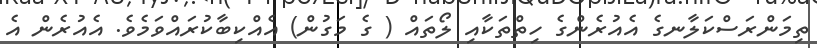
ތިމަންރަސްކަލާނގެ އެއުރެންގެ ހިތްތަކާއި ލޯތައް ( ގެ މަގުން) އެއްކިބާކުރައްވަމެވެ. އެއުރެން އެ